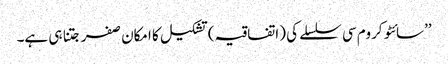
’’سائٹو کروم سی سلسلے کی (اتفاقیہ) تشکیل کا امکان صفر جتنا ہی ہے۔